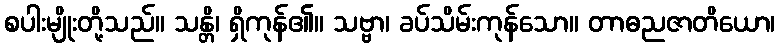
စပါးမျိုးတို့သည်။ သန္တိ၊ ရှိကုန်၏။ သဗ္ဗာ၊ ခပ်သိမ်းကုန်သော။ တာဓညဇာတိယော၊